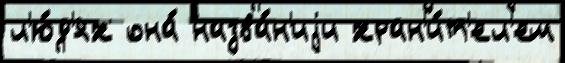
л'ю́д'ях она́ назва́н'иjи хран'и́т'ел'ем